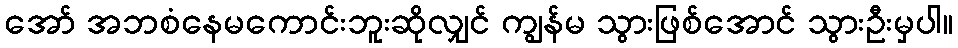
အော် အဘစံနေမကောင်းဘူးဆိုလျှင် ကျွန်မ သွားဖြစ်အောင် သွားဦးမှပါ။